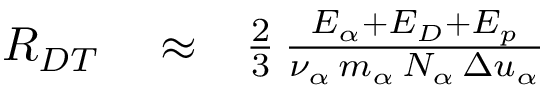
\begin{array} { r l r } { R _ { D T } } & { { } \approx } & { \frac { 2 } { 3 } \, \frac { E _ { \alpha } + E _ { D } + E _ { p } } { \nu _ { \alpha } \, m _ { \alpha } \, N _ { \alpha } \, \Delta u _ { \alpha } } } \end{array}